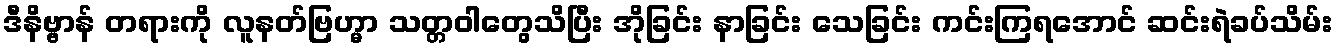
ဒီနိဗ္ဗာန် တရားကို လူနတ်ဗြဟ္မာ သတ္တဝါတွေသိပြီး အိုခြင်း နာခြင်း သေခြင်း ကင်းကြရအောင် ဆင်းရဲခပ်သိမ်း